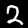
Label: 2